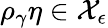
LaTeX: \rho_{\gamma}\eta\in\mathcal{X}_{\epsilon}